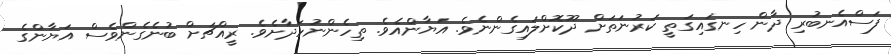
ފަސްއެނބުރި ދާން ހިނގައިގަތީ ކަރުނަތަށް ދޫކޮށްލައިގެންނެވެ. އަޔާންއެވެ. ތިހެންނުހަދާށެވެ. ރީއްޗަށް ބުނެގެންވެސް އަޔާންގެ